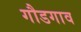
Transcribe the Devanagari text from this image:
गौडगाव